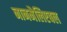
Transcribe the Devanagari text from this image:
नानमैलिएबल